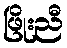
ဖြိုးညီ